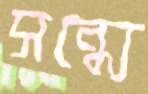
সন্ধ্যে